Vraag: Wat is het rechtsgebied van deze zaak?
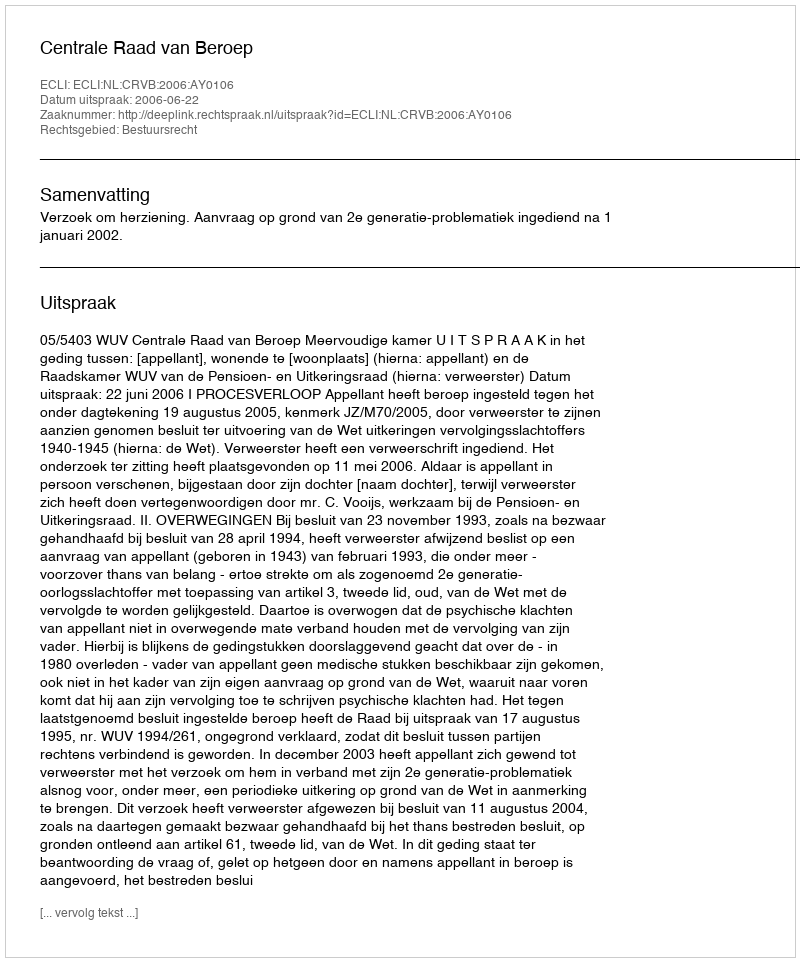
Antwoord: Bestuursrecht